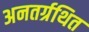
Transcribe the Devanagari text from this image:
अनतर्ग्रथित